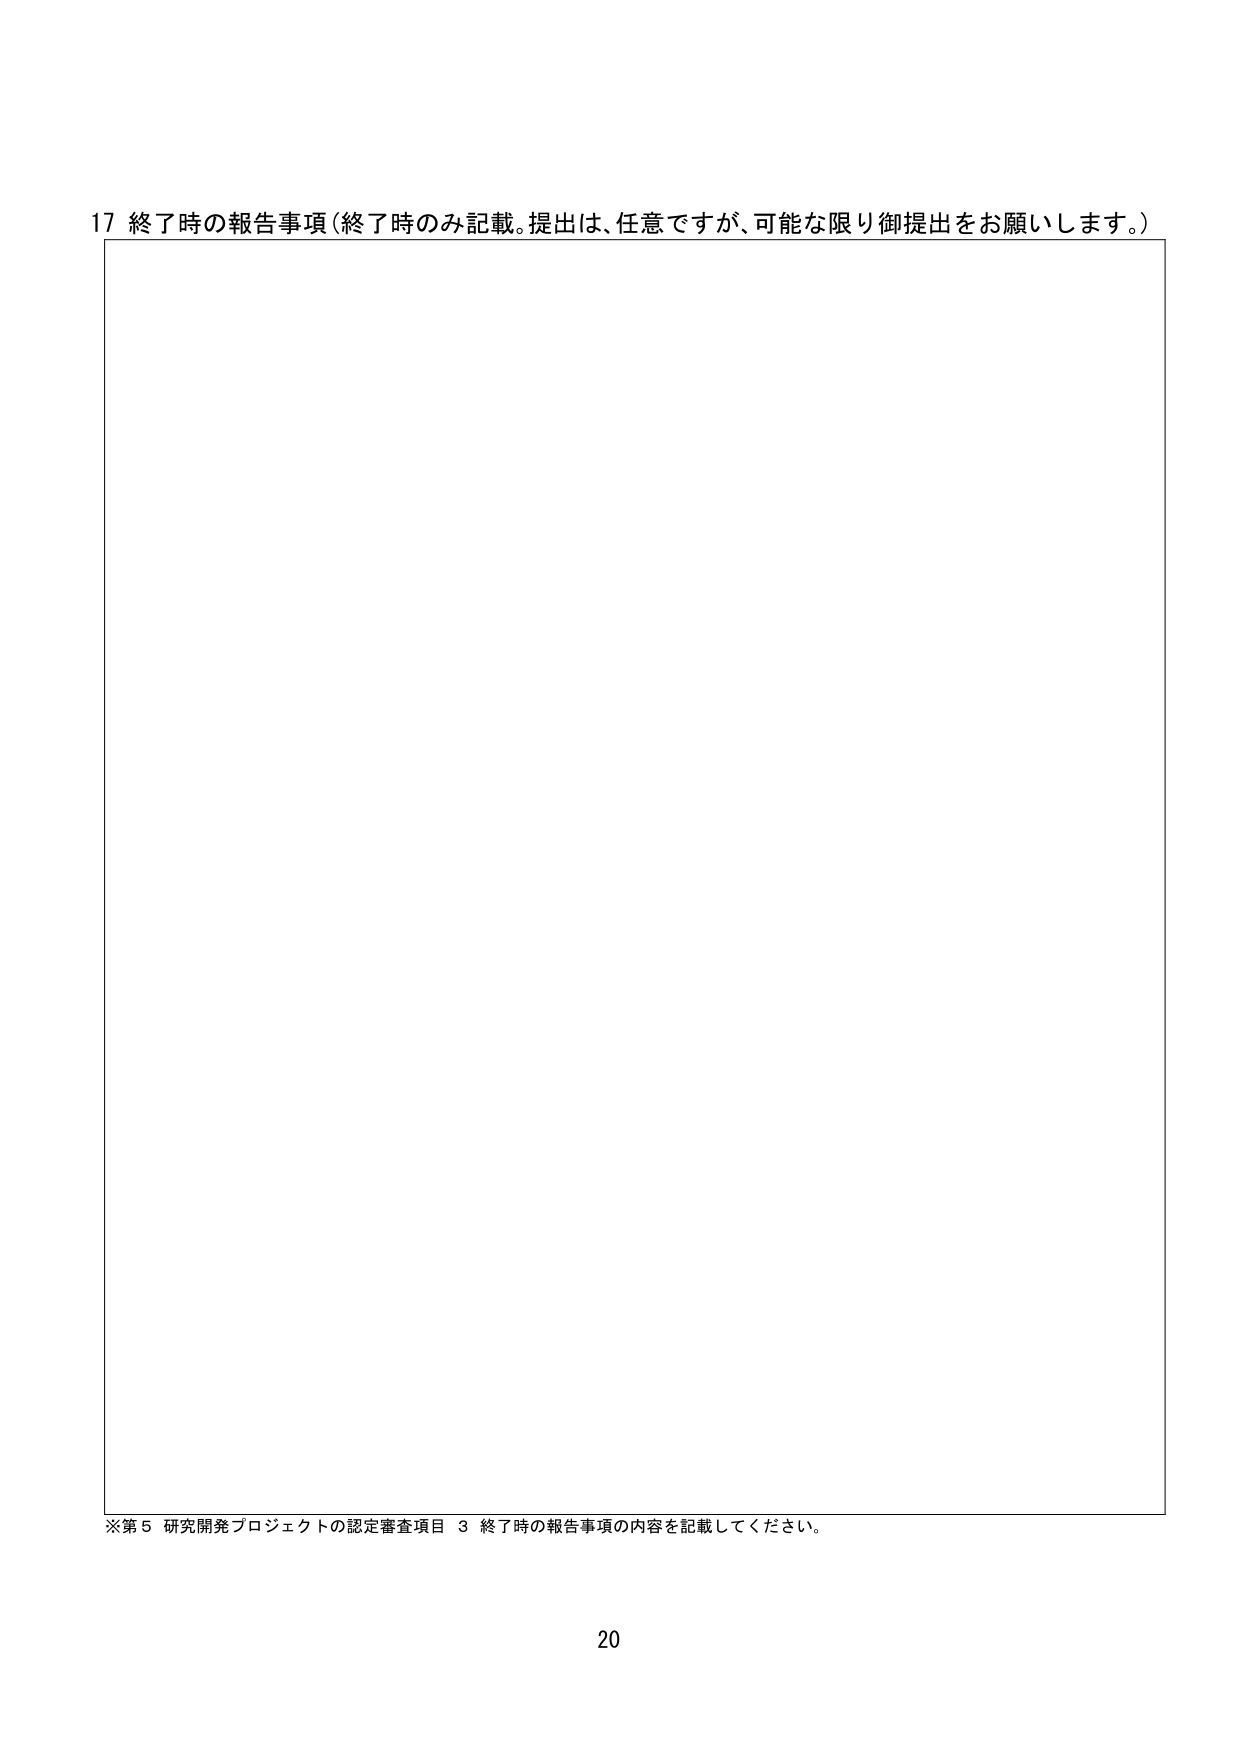
17 終了時の報告事項（終了時のみ記載。提出は、任意ですが、可能な限り御提出をお願いします。）

※第5 研究開発プロジェクトの認定審査項目 3 終了時の報告事項の内容を記載してください。

20